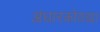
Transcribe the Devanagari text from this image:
अंधारकोठड्या